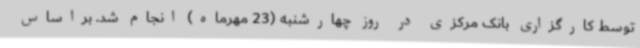
توسط کارگزاری بانک مرکزی در روز چهارشنبه (23 مهرماه) انجام شد. براساس